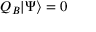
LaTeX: Q _ { B } | \Psi \rangle = 0